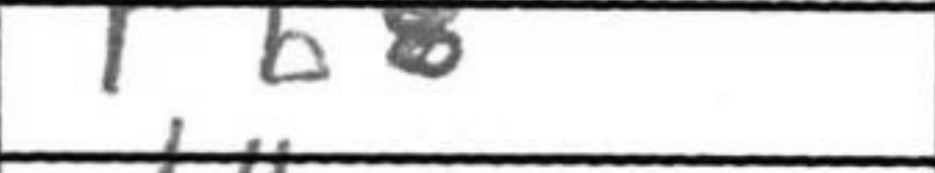
Transcription: Rb8